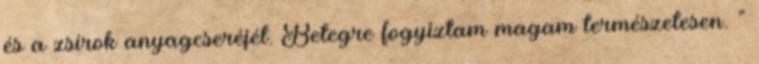
és a zsírok anyagcseréjét. Betegre fogyiztam magam természetesen. ”